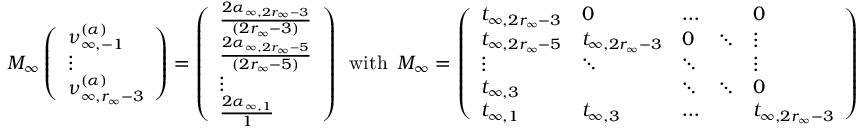
M _ { \infty } \left( \begin{array} { l } { \nu _ { \infty , - 1 } ^ { ( \boldsymbol { \alpha } ) } } \\ { \vdots } \\ { \nu _ { \infty , r _ { \infty } - 3 } ^ { ( \boldsymbol { \alpha } ) } } \end{array} \right) = \left( \begin{array} { l } { \frac { 2 \alpha _ { \infty , 2 r _ { \infty } - 3 } } { ( 2 r _ { \infty } - 3 ) } } \\ { \frac { 2 \alpha _ { \infty , 2 r _ { \infty } - 5 } } { ( 2 r _ { \infty } - 5 ) } } \\ { \vdots } \\ { \frac { 2 \alpha _ { \infty , 1 } } { 1 } } \end{array} \right) \, \mathrm { ~ w i t h ~ } \, M _ { \infty } = \left( \begin{array} { l l l l l } { t _ { \infty , 2 r _ { \infty } - 3 } } & { 0 } & { \dots } & & { 0 } \\ { t _ { \infty , 2 r _ { \infty } - 5 } } & { t _ { \infty , 2 r _ { \infty } - 3 } } & { 0 } & { \ddots } & { \vdots } \\ { \vdots } & { \ddots } & { \ddots } & & { \vdots } \\ { t _ { \infty , 3 } } & & { \ddots } & { \ddots } & { 0 } \\ { t _ { \infty , 1 } } & { t _ { \infty , 3 } } & { \dots } & & { t _ { \infty , 2 r _ { \infty } - 3 } } \end{array} \right)